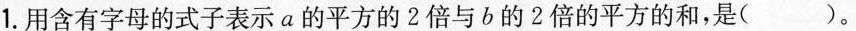
1.用含有字母的式子表示a的平方的2倍与b的2倍的平方的和，是( )。